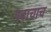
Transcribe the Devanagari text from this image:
पदाचाच